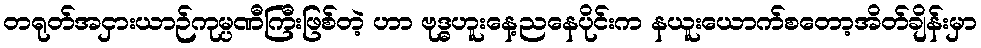
တရုတ်အငှားယာဉ်ကုမ္ပဏီကြီးဖြစ်တဲ့ ဟာ ဗုဒ္ဓဟူးနေ့ညနေပိုင်းက နယူးယောက်စတော့အိတ်ချိန်းမှာ